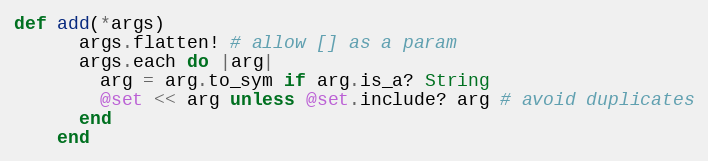
Language: Ruby
def add(*args)
      args.flatten! # allow [] as a param
      args.each do |arg|
        arg = arg.to_sym if arg.is_a? String
        @set << arg unless @set.include? arg # avoid duplicates
      end
    end